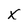
Character: x